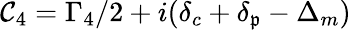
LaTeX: {\mathcal{C}_{4}}={\Gamma_{4}}/2+i({\delta_{c}}+{\delta_{\mathfrak{p}}}-{\Delta_{m}})